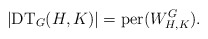
\begin{align*} |\mathrm{DT}_G(H, K)| = \mathrm{per}(W_{H,K}^G).\end{align*}